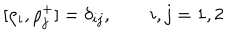
[ \rho _ { i } , \rho _ { j } ^ { + } ] = \delta _ { i j } , \qquad i , j = 1 , 2